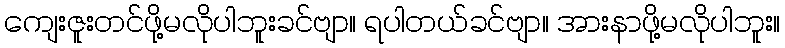
ကျေးဇူးတင်ဖို့မလိုပါဘူးခင်ဗျာ။ ရပါတယ်ခင်ဗျာ။ အားနာဖို့မလိုပါဘူး။